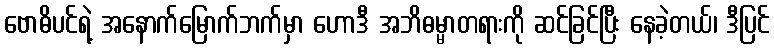
ဗောဓိပင်ရဲ့ အနောက်မြောက်ဘက်မှာ ဟောဒီ အဘိဓမ္မာတရားကို ဆင်ခြင်ပြီး နေခဲ့တယ်၊ ဒီပြင်